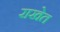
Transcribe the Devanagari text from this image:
राखेत